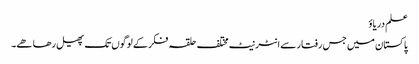
علم دریاؤ
پاکستان میں جس رفتار سے انٹرنیٹ مختلف حلقہ فکر کے لوگوں تک پھیل رھا ھے۔